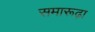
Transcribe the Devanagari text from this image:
समारूढ़ा